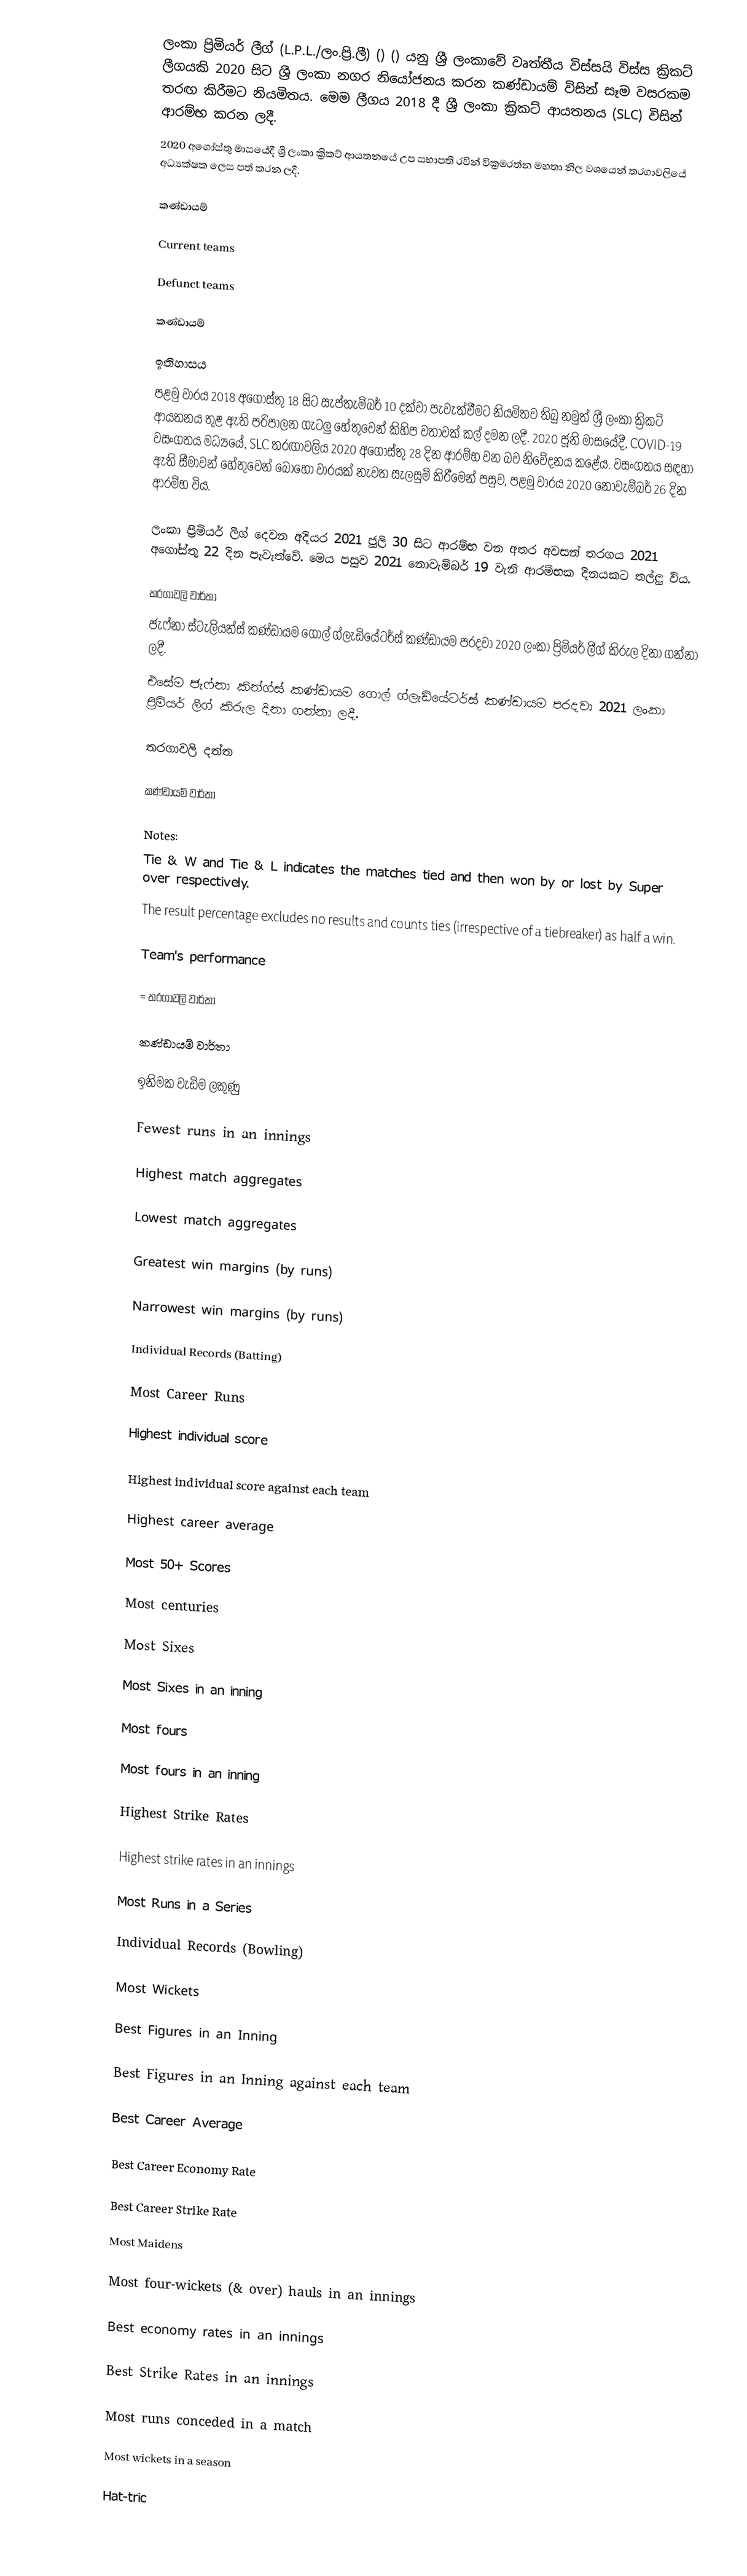
ලංකා ප්‍රිමියර් ලීග් (L.P.L./ලං.ප්‍රි.ලී) () () යනු ශ්‍රී ලංකාවේ වෘත්තීය විස්සයි විස්ස ක්‍රිකට් ලීගයකි 2020 සිට ශ්‍රී ලංකා නගර නියෝජනය කරන කණ්ඩායම් විසින් සෑම වසරකම තරඟ කිරීමට නියමිතය.  මෙම ලීගය 2018 දී ශ්‍රී ලංකා ක්‍රිකට් ආයතනය (SLC) විසින් ආරම්භ කරන ලදී.
2020 අගෝස්තු මාසයේදී ශ්‍රී ලංකා ක්‍රිකට් ආයතනයේ උප සභාපති රවින් වික්‍රමරත්න මහතා නිල වශයෙන් තරගාවලියේ අධ්‍යක්ෂක ලෙස පත් කරන ලදී.

කණ්ඩායම්

Current teams

Defunct teams

කණ්ඩායම්

ඉතිහාසය
පළමු වාරය 2018 අගෝස්තු 18 සිට සැප්තැම්බර් 10 දක්වා පැවැත්වීමට නියමිතව තිබු නමුත් ශ්‍රී ලංකා ක්‍රිකට් ආයතනය තුළ ඇති පරිපාලන ගැටලු හේතුවෙන් කිහිප වතාවක් කල් දමන ලදී. 2020 ජූනි මාසයේදී, COVID-19 වසංගතය මධ්‍යයේ, SLC තරඟාවලිය 2020 අගෝස්තු 28 දින ආරම්භ වන බව නිවේදනය කළේය. වසංගතය සඳහා ඇති සීමාවන් හේතුවෙන් බොහෝ වාරයක් නැවත සැලසුම් කිරීමෙන් පසුව, පළමු වාරය 2020 නොවැම්බර් 26 දින ආරම්භ විය.

ලංකා ප්‍රිමියර් ලීග් දෙවන අදියර 2021 ජූලි 30 සිට ආරම්භ වන අතර අවසන් තරගය 2021 අගෝස්තු 22 දින පැවැත්වේ. මෙය පසුව 2021 නොවැම්බර් 19 වැනි ආරම්භක දිනයකට තල්ලු විය.

තරගාවලි වාර්තා
ජැෆ්නා ස්ටැලියන්ස් කණ්ඩායම ගොල් ග්ලැඩියේටර්ස් කණ්ඩායම පරදවා 2020 ලංකා ප්‍රිමියර් ලීග් කිරුල දිනා ගන්නා ලදී.
එසේම ජැෆ්නා කින්ග්ස් කණ්ඩායම ගොල් ග්ලැඩියේටර්ස් කණ්ඩායම පරදවා 2021 ලංකා ප්‍රිමියර් ලීග් කිරුල දිනා ගන්නා ලදී.

තරගාවලි දත්ත

කණ්ඩායම් වාර්තා

Notes:
 Tie & W and Tie & L indicates the matches tied and then won by or lost by Super over respectively.
 The result percentage excludes no results and counts ties (irrespective of a tiebreaker) as half a win.

Team's performance

= තරගාවලි වාර්තා

කණ්ඩායම් වාර්තා

ඉනිමක වැඩිම ලකුණු

Fewest runs in an innings

Highest match aggregates

Lowest match aggregates

Greatest win margins (by runs)

Narrowest win margins (by runs)

Individual Records (Batting)

Most Career Runs

Highest individual score

Highest individual score against each team

Highest career average

Most 50+ Scores

Most centuries

Most Sixes

Most Sixes in an inning

Most fours

Most fours in an inning

Highest Strike Rates

Highest strike rates in an innings

Most Runs in a Series

Individual Records (Bowling)

Most Wickets

Best Figures in an Inning

Best Figures in an Inning against each team

Best Career Average

Best Career Economy Rate

Best Career Strike Rate

Most Maidens

Most four-wickets (& over) hauls in an innings

Best economy rates in an innings

Best Strike Rates in an innings

Most runs conceded in a match

Most wickets in a season

Hat-tric